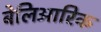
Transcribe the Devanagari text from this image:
बेलिआरिक